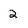
Character: 2